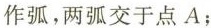
作弧，两弧交于点A；